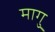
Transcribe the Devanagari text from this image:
मागु